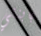
بابنتي